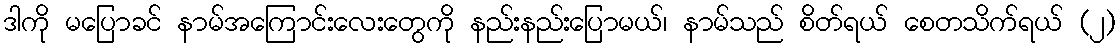
ဒါကို မပြောခင် နာမ်အကြောင်းလေးတွေကို နည်းနည်းပြောမယ်၊ နာမ်သည် စိတ်ရယ် စေတသိက်ရယ် (၂)